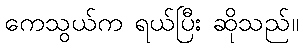
ကေသွယ်က ရယ်ပြီး ဆိုသည်။